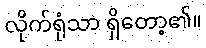
လိုက်ရုံသာ ရှိတော့၏။